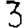
Digit: 3